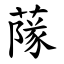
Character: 䔹